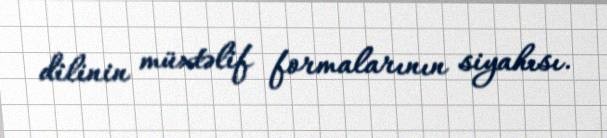
dilinin müxtəlif formalarının siyahısı.